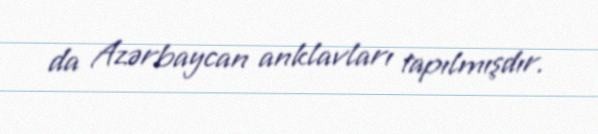
da Azərbaycan anklavları tapılmışdır.